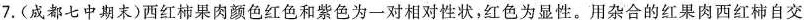
7.(成都七中期末)西红柿果肉颜色红色和紫色为一对相对性状，红色为显性。用杂合的红果肉西红柿自交